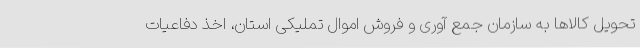
تحویل کالاها به سازمان جمع آوری و فروش اموال تملیکی استان، اخذ دفاعیات